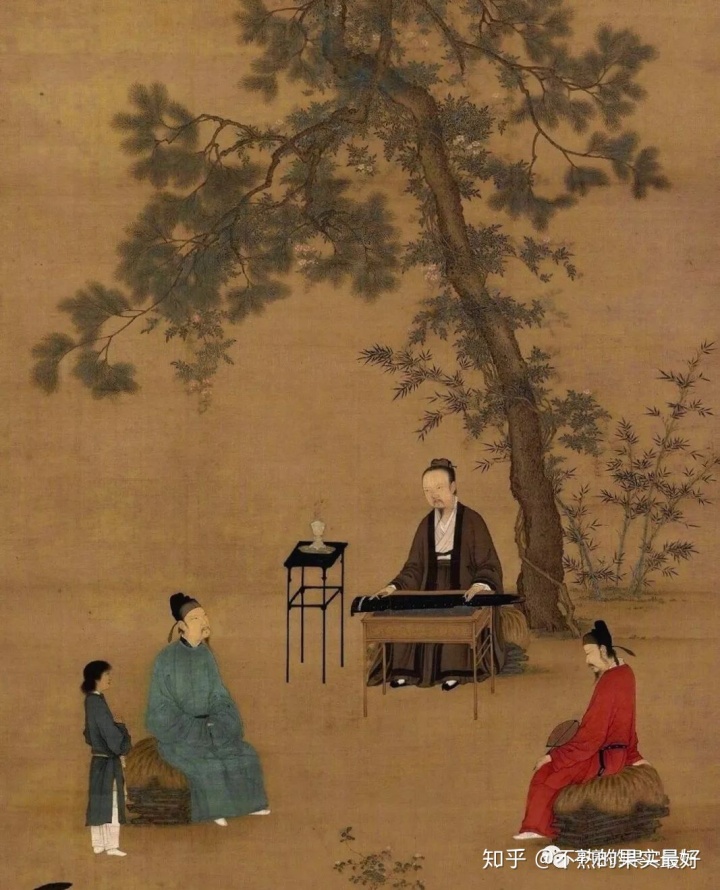
一身报国有万死，双鬓向人无再青。